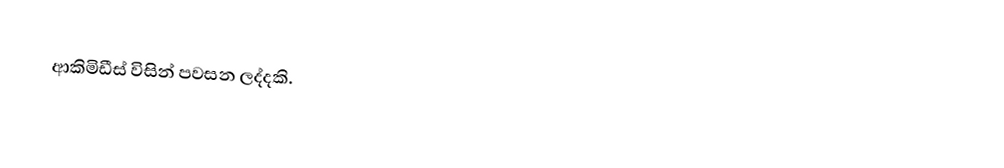
ආකිමිඩීස් විසින් පවසන ලද්දකි.